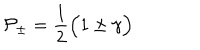
{ \cal P _ { \pm } } = { \frac { 1 } { 2 } } \Bigl ( 1 \pm \gamma \Bigr )